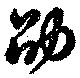
劭